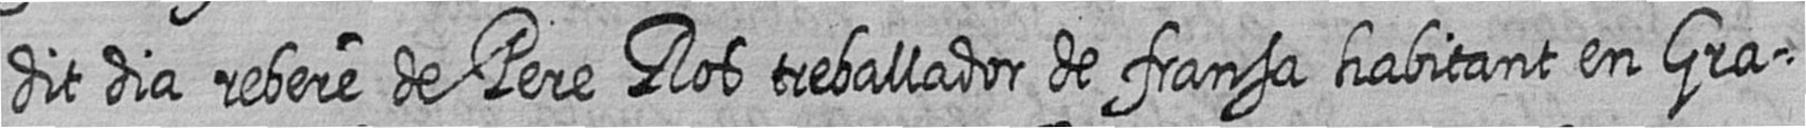
dit dia rebere de Pere Ros treballador de fransa habitant en Gra=